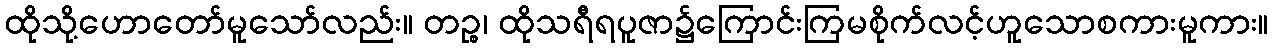
ထိုသို့ဟောတော်မူသော်လည်း။ တဉ္စ၊ ထိုသရီရပူဇာ၌ကြောင်းကြမစိုက်လင့်ဟူသောစကားမူကား။